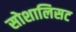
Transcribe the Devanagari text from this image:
सोशालिसट